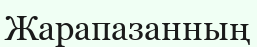
Жарапазанның